Sanitation, dispensaries and jails vaccination Rajputana 1922-1927 - 1922-1927
Year: 1922
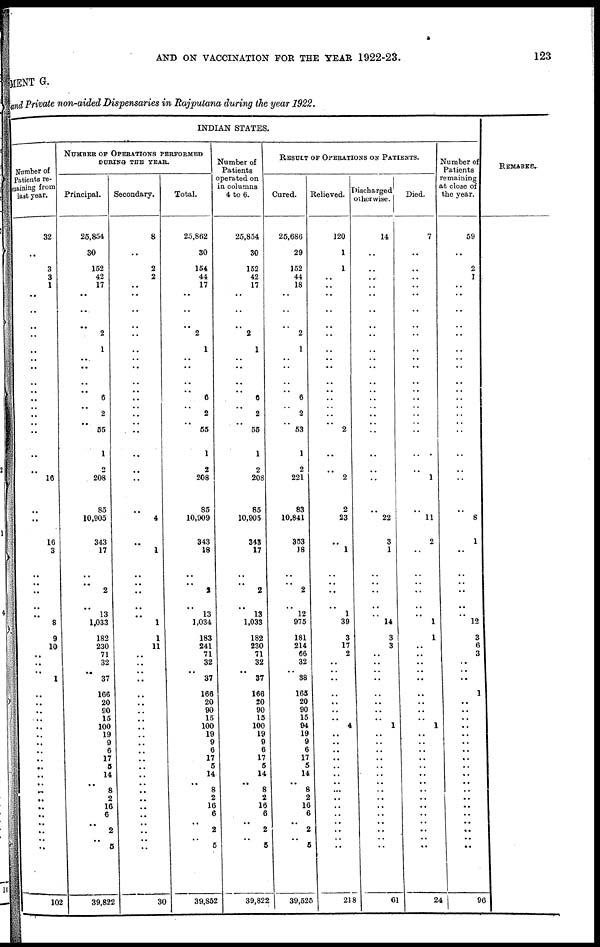
AND ON VACCINATION FOR THE YEAR 1922-23.
123
MENT G.
and Private non-aided Dispensaries in Rajputana during the year 1922.
INDIAN STATES.
Number of
Patients re-
maining from
last Year.
32
..
3
3
1
..
..
..
..
..
..
..
..
..
..
..
..
.. ..
..
..
16
..
..
16
3
..
..
..
..
..
8
9
10
..
..
.. 1
..
..
..
..
..
..
..
..
..
..
..
..
..
..
..
..
..
..
..
..
102
NUMBER OF OPERATIONS PERFORMED
DURING THE YEAR.
Principal.
25,854
30
152
42
17
..
...
..
2
1
...
..
..
.. 6
.. 2
..
55
1
2
208
85
10,905
343
17
..
..
2
..
13
1,033
182
230
71
32
.. 37
166
20
90
15
100
19
9
6
17
5
14
.. 8
2
16
6
..
2
..
5
39,822
Secondary.
8
. .
2
2
..
..
..
..
..
..
..
..
..
..
..
..
..
..
..
..
..
..
..
4
..
1
..
..
..
..
..
1
1
11
..
..
..
..
..
..
..
..
..
..
..
..
..
..
..
..
..
..
..
..
..
..
..
..
30
Total.
25,862
30
154
44
17
..
..
..
2
1
..
..
..
..
6
..
2
..
55
1
2
208
85
10,909
343
18
..
..
2
..
13
1,034
183
241
71
32
.. 37
166
20
90
15
100
19
9
6
17
5
14
.. 8
2
16
6
.. 2
..
5
39,852
Number of
Patients
operated on
in columns
4 to 6.
25,854
30
152
42
17
..
..
..
2
1
..
..
..
..
6
.. 2
..
55
1
2
208
85
10,905
343
17
..
..
2
..
13
1,033
182
230
71
32
.. 37
166
20
90
15
100
19
9
6
17
5
14
.. 8
2
16
6
.. 2
..
5
39,822
RESULT OF OPERATIONS ON PATIENTS.
Cured.
25,686
29
152
44
18
..
..
..
2
1
..
..
..
..
6
..
2
.. 53
1
2
221
83
10,841
353
18
..
..
2
..
12
975
181
214
66
32
.. 38
165
20
90
15
94
19
9
6
17
5
14
.. 8
2
16
6
.. 2
..
5
39,525
Relieved.
120
1
1
..
..
..
..
..
..
..
..
..
..
..
..
..
..
..
2
..
..
2
2
23
..
1
..
..
..
..
1
39
3
17
2
..
..
..
..
..
..
..
4
..
..
..
..
..
..
..
..
..
..
..
..
..
..
..
218
Discharged
otherwise.
14
..
..
..
..
..
..
..
..
..
..
..
..
..
..
..
..
.. ..
..
..
..
..
22
3
1
..
..
..
..
..
14
3
3
..
..
..
..
..
..
..
..
1
..
..
..
..
..
..
..
..
..
..
..
..
..
..
..
61
Died.
7
..
..
..
..
..
..
..
..
..
..
..
..
..
..
.. ..
.. ..
..
..
1
..
11
2
..
..
..
..
..
..
1
1
..
..
..
..
..
..
..
..
..
1
..
..
..
..
..
..
..
..
..
..
..
..
..
..
..
24
Number of
Patients
remaining
at close of
the year.
59
..
2
1
..
..
..
..
..
..
..
..
..
..
..
.. ..
.. ..
..
..
..
..
8
1
..
..
..
..
..
..
12
3
6
3
..
..
..
1
..
..
..
..
..
..
..
..
..
..
..
..
..
..
..
..
..
..
..
96
REMARKS..